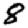
Digit: 8